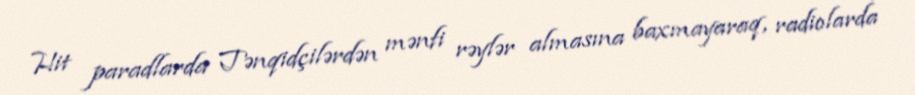
Hit paradlarda Tənqidçilərdən mənfi rəylər almasına baxmayaraq, radiolarda